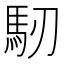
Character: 𩡲